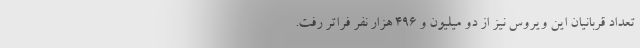
تعداد قربانیان این ویروس نیز از دو میلیون و ۴۹۶ هزار نفر فراتر رفت.